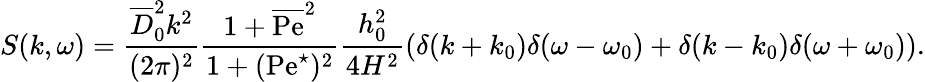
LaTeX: S(k,\omega)=\frac{\overline{{D}}_{0}^{2}k^{2}}{(2\pi)^{2}}\frac{1+\overline{{\mathrm{Pe}}}^{2}}{1+(\mathrm{Pe}^{\star})^{2}}\frac{h_{0}^{2}}{4H^{2}}\left(\delta(k+k_{0})\delta(\omega-\omega_{0})+\delta(k-k_{0})\delta(\omega+\omega_{0})\right).